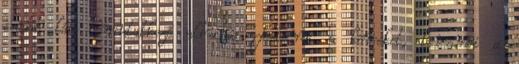
csodát lát bemutatkozó albuma Letenni a köveket, levenni a